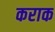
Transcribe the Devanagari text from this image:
कराक